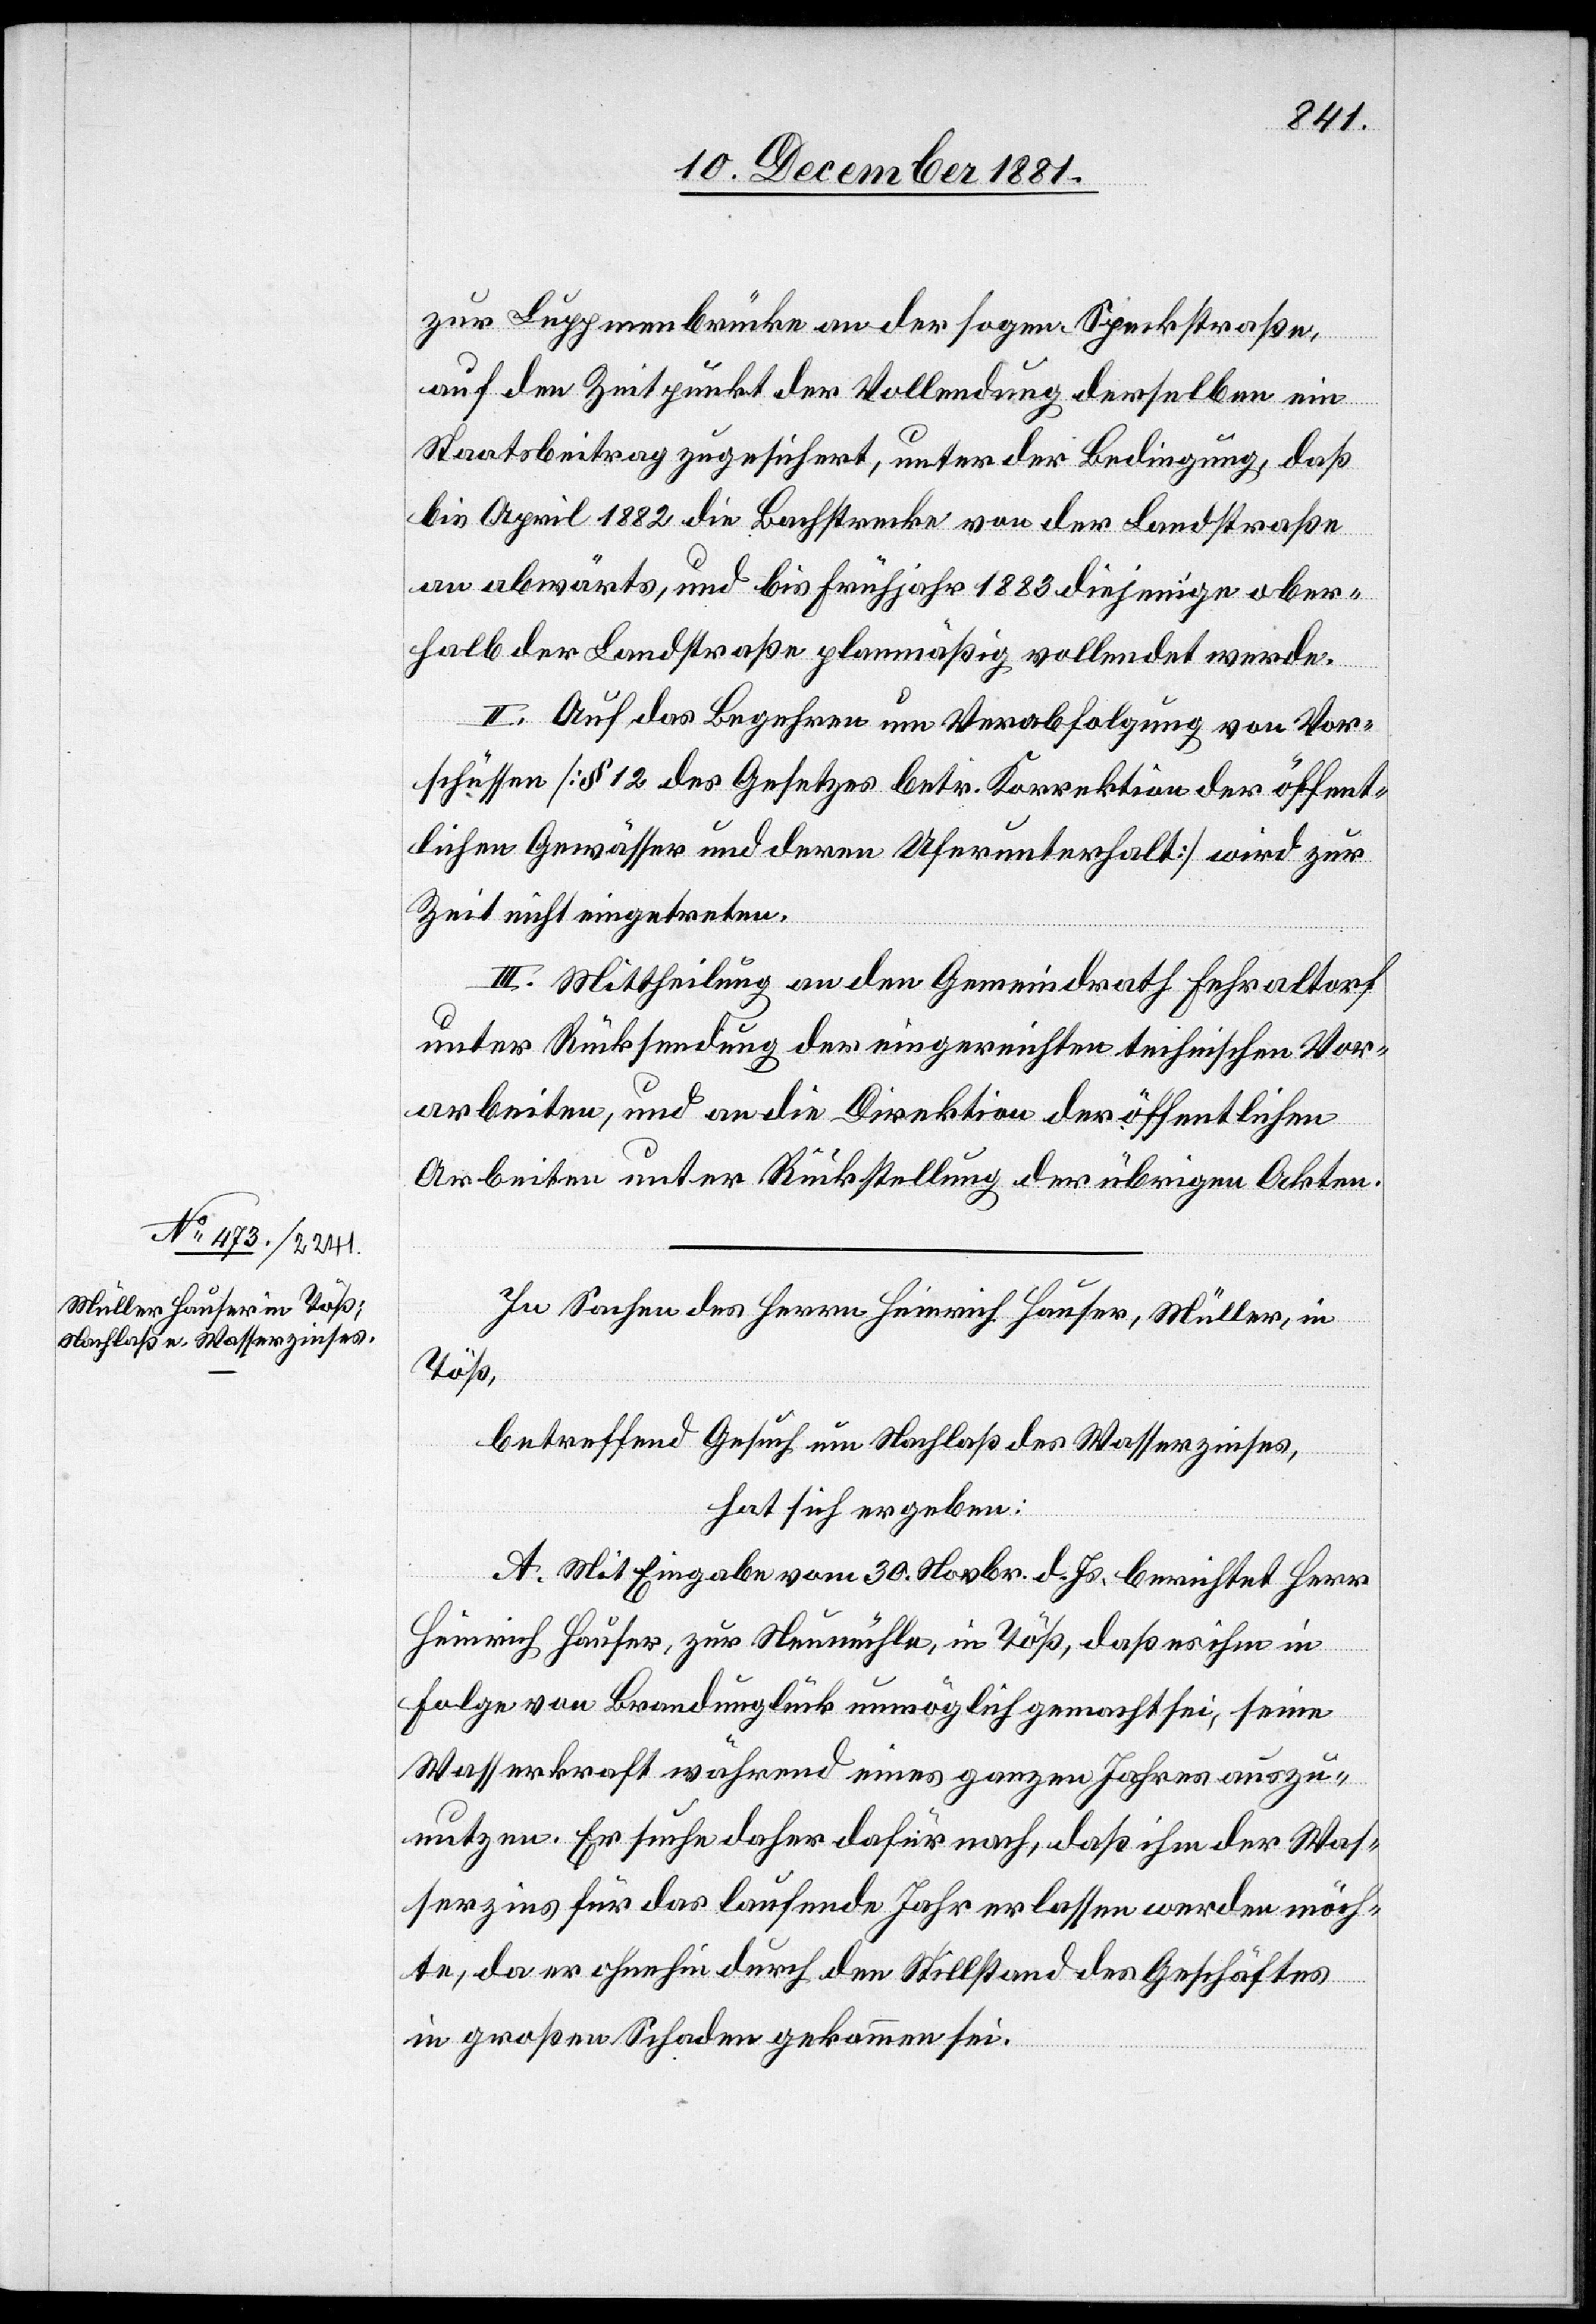
zur Luppmenbrücke an der sogen. Speckstraße,
auf den Zeitpunkt der Vollendung derselben ein
Staatsbeitrag zugesichert, unter der Bedingung, daß
bis April 1882 die Bachstrecke von der Landstraße
an abwärts, und bis Frühjahr 1883 diejenige ober¬
halb der Landstraße planmäßig vollendet werde.
II. Auf das Begehren um Verabfolgung von Vor¬
schüssen [§ 12 des Gesetzes betr. Korrektion der öffent¬
lichen Gewässer und deren Uferunterhalt] wird zur
Zeit nicht eigetreten.
III. Mittheilung an den Gemeindrath Fehraltorf
unter Rücksendung der eingereichten technischen Vor¬
arbeiten, und an die Direktion der öffentlichen
Arbeiten unter Rückstellung der übrigen Akten.
In Sachen des Herrn Heinrich Hauser, Müller, in
Töß,
betreffend Gesuch um Nachlaß des Wasserzinses,
hat sich ergeben:
A. Mit Eingabe vom 30. Novbr. d. Js. berichtet Herr
Heinrich Hauser, zur Neumühle, in Töß, daß es ihm in
Folge von Brandunglück unmöglich gemacht sei, seine
Wasserkraft während eines ganzen Jahres auszu¬
nutzen. Er suche daher dafür nach, daß ihm der Was¬
serzins für das laufende Jahr erlassen werden möch¬
te, da er ohnehin durch den Stillstand des Geschäftes
in großen Schaden gekommen sei.